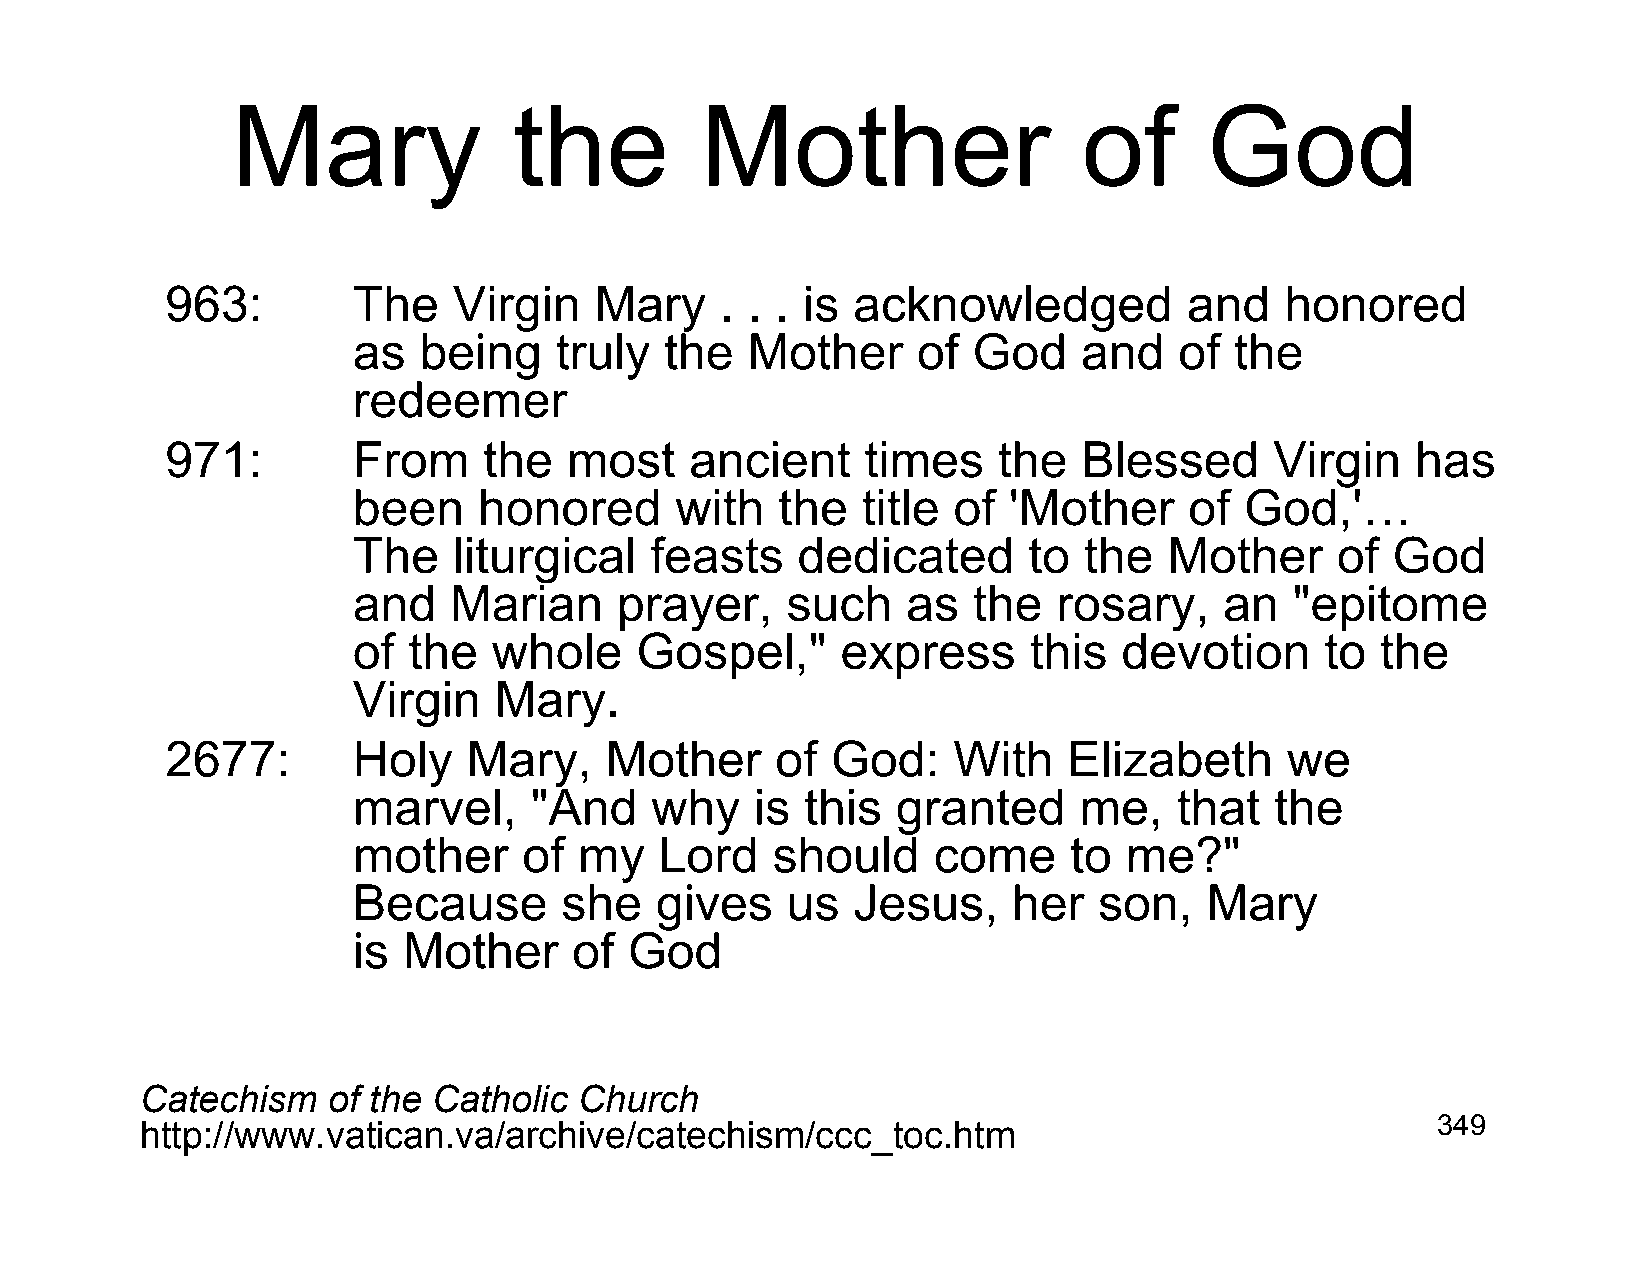
Mary               the         Mother                    of      God
 963:        The    Virgin   Mary     . . . is acknowledged          and   honored
 as   being    truly  the  Mother      of God     and   of  the
 redeemer
 971:        From     the   most    ancient    times    the   Blessed     Virgin    has
 been     honored      with   the  title of  'Mother     of God,'…
 The    liturgical   feasts    dedicated      to  the  Mother     of  God
 and    Marian     prayer,    such    as  the   rosary,    an   "epitome
 of  the   whole    Gospel,"      express     this  devotion      to the
 Virgin    Mary.
 2677:       Holy    Mary,    Mother     of  God:    With    Elizabeth     we
 marvel,     "And    why    is this  granted     me,    that  the
 mother      of my    Lord   should     come     to me?"
 Because       she   gives    us  Jesus,     her   son,   Mary
 is  Mother     of  God
 Catechism    of the Catholic Church
 http://www.vatican.va/archive/catechism/ccc_toc.htm                                   349